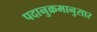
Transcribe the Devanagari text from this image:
पदानुक्रमानुसार